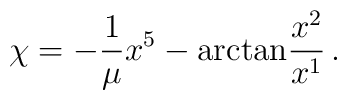
\chi=-\frac{1}{\mu}x^{5}-{\rm arctan}\frac{x^2}{x^1}\,.